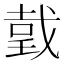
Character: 𢧜